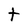
Character: t